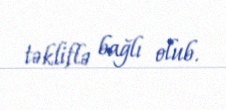
təkliflə bağlı olub.